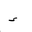
Letter: _hamza